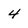
Character: 4